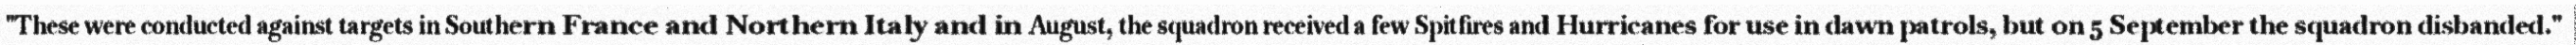
"These were conducted against targets in Southern France and Northern Italy and in August, the squadron received a few Spitfires and Hurricanes for use in dawn patrols, but on 5 September the squadron disbanded."